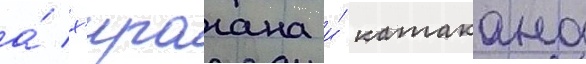
а́ х'ирагана и́ катакана